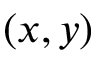
( x , y )